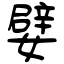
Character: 嬖